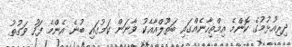
ދިރިއުޅުމުގެ ކޮންމެ އިމްތިހާނެއްގައި ބަތޫލްއާއެކު ވާނަން ކަމުގައި ބުނެ އެންމެ ފަހު ވަގުތު